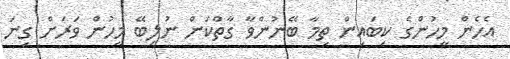
އެހެން މީހުންގެ ކިބައިން ތިމާ ބޭނުންވާ ގާތްކަން ނުލިބޭ މީހުން ވަރަށް ގިނަ